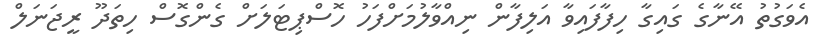
އެވަގުތު އޭނާގެ ގައިގާ ހިފާފައިވާ އަލިފާން ނިއްވާލުމަށްފަހު ހޮސްޕިޓަލަށް ގެންގޮސް ހިތަދޫ ރީޖަނަލް